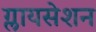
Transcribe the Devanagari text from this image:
ग्लायसेशन